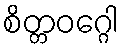
စိတ္တဝဂ္ဂေါ